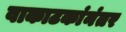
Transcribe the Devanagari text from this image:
वाकाटकांनंतर